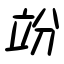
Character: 竕